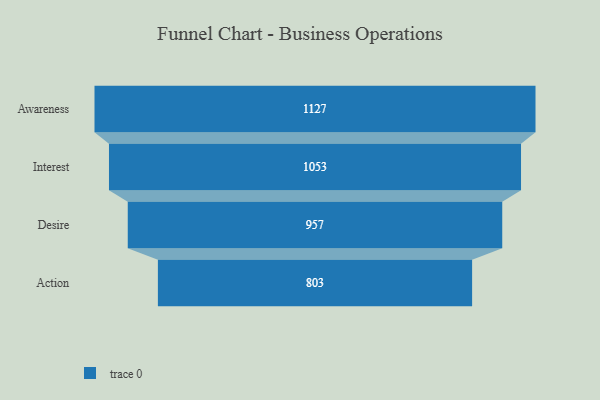
{"axis": {"x": "Stage", "y": "Value"}, "legend": [""], "data": [{"x": "Awareness", "y": 1127.0, "type": ""}, {"x": "Interest", "y": 1053.0, "type": ""}, {"x": "Desire", "y": 957.0, "type": ""}, {"x": "Action", "y": 803.0, "type": ""}]}